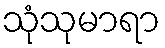
သုံသုမာရာ